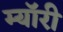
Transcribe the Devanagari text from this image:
म्यॉरी